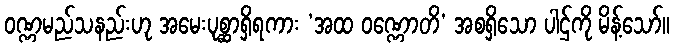
ဝဏ္ဏမည်သနည်းဟု အမေးပုစ္ဆာရှိရကား ‘အထ ဝဏ္ဏောတိ’ အစရှိသော ပါဌ်ကို မိန့်သော်။